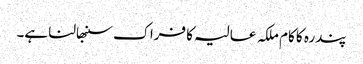
پندرہ کا کام ملکہ عالیہ کا فراک سنبھالنا ہے۔